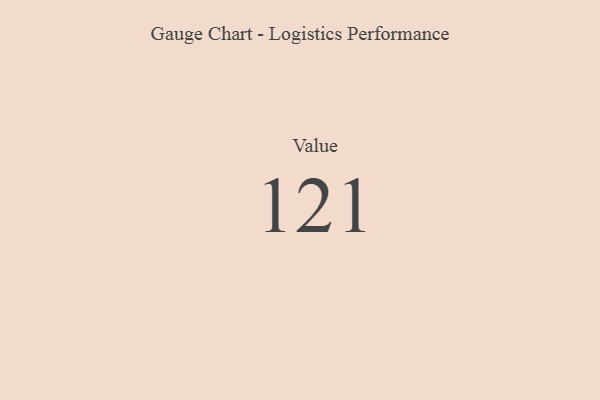
{"axis": {"x": "Metric", "y": "Value"}, "legend": [""], "data": [{"x": "Value", "y": 121, "type": ""}]}